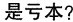
是亏本?